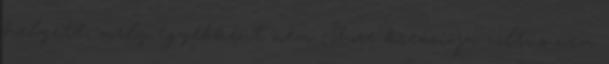
helyett, mely egyébként nem Shore kreációja volt, s nem